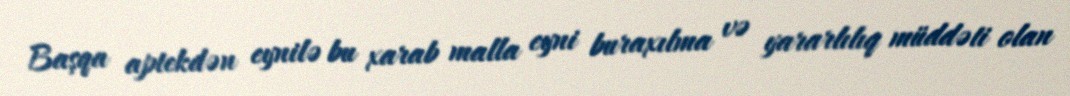
Başqa aptekdən eynilə bu xarab malla eyni buraxılma və yararlılıq müddəti olan